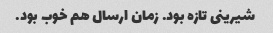
شیرینی تازه بود. زمان ارسال هم خوب بود.